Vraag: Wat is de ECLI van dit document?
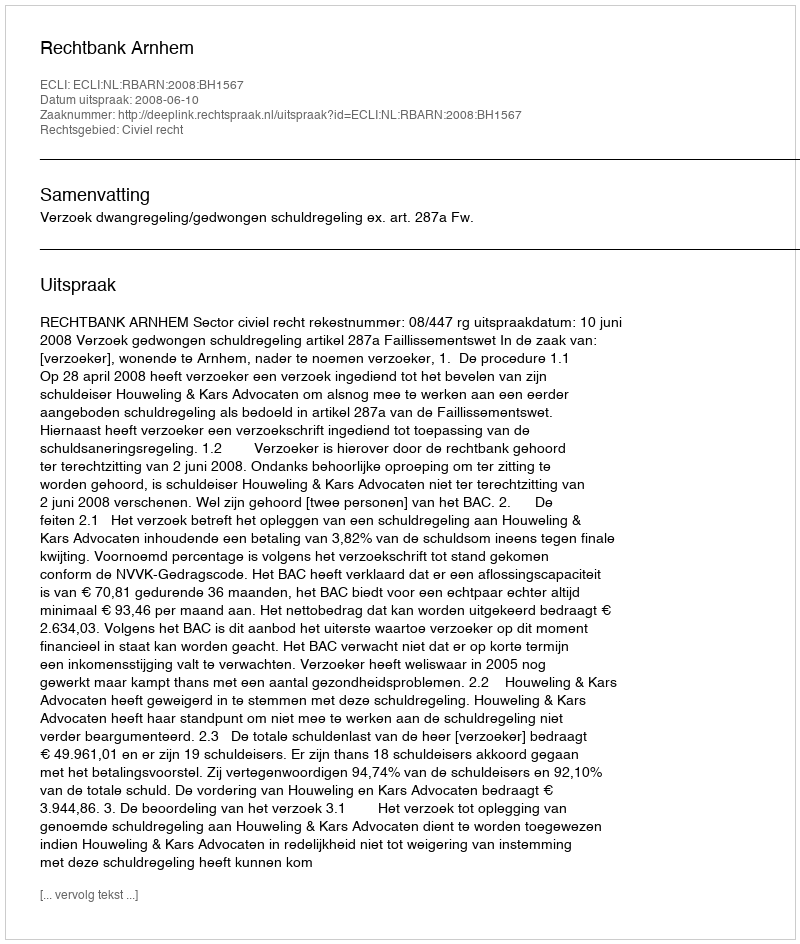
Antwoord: ECLI:NL:RBARN:2008:BH1567